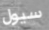
سيول